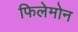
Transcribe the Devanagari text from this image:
फिलेमोन